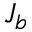
J _ { b }